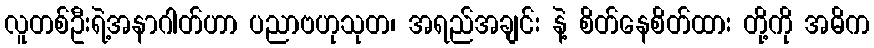
လူတစ်ဦးရဲ့အနာဂါတ်ဟာ ပညာဗဟုသုတ၊ အရည်အချင်း နဲ့ စိတ်နေစိတ်ထား တို့ကို အဓိက